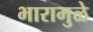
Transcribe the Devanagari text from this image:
भारामुळे